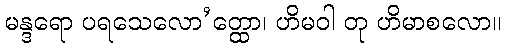
မန္ဒရော ပရသေလော’တ္ထော၊ ဟိမဝါ တု ဟိမာစလော။